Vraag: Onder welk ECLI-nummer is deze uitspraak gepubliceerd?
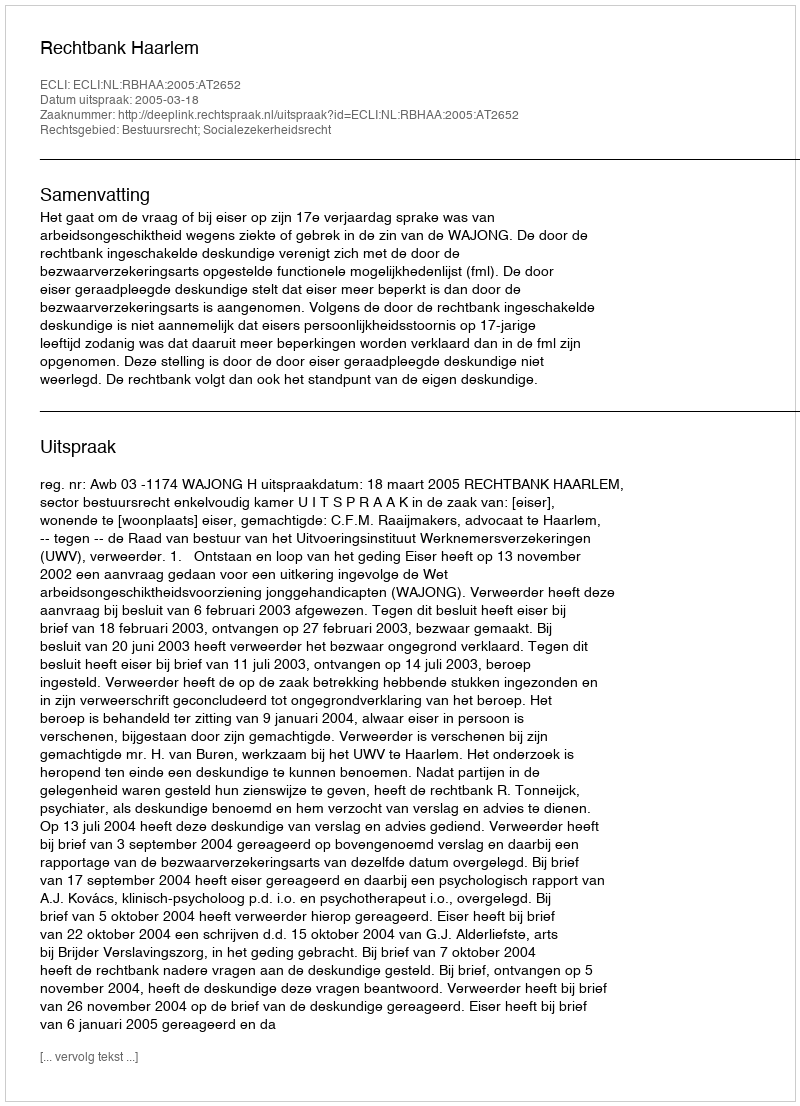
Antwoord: ECLI:NL:RBHAA:2005:AT2652